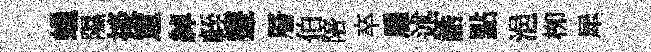
蠟隰掞罳綽輊鼙層伯陪卒雇述誥點浥栁犀